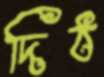
দিঠ